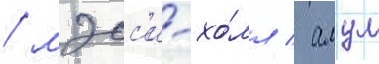
/ мэсс'и-хо́лл / алум